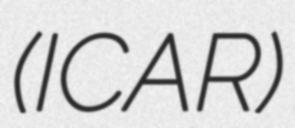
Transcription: (ICAR)